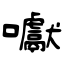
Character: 囐